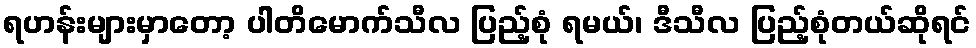
ရဟန်းများမှာတော့ ပါတိမောက်သီလ ပြည့်စုံ ရမယ်၊ ဒီသီလ ပြည့်စုံတယ်ဆိုရင်